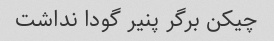
چیکن برگر پنیر گودا نداشت